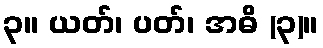
၃။ ယတ်၊ ပတ်၊ အဓိ (၃)။